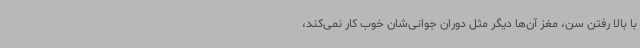
با بالا رفتن سن، مغز آن‌ها دیگر مثل دوران جوانی‌شان خوب کار نمی‌کند،